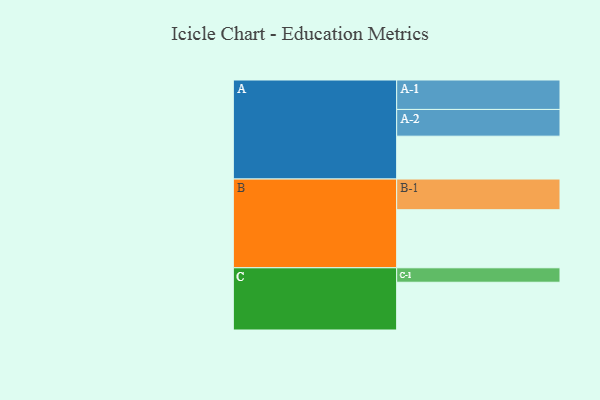
{"axis": {"x": "Segment", "y": "Value"}, "legend": ["", "A", "B", "C"], "data": [{"x": "A", "y": 412, "type": ""}, {"x": "B", "y": 558, "type": ""}, {"x": "C", "y": 459, "type": ""}, {"x": "A-1", "y": 283, "type": "A"}, {"x": "A-2", "y": 257, "type": "A"}, {"x": "B-1", "y": 295, "type": "B"}, {"x": "C-1", "y": 139, "type": "C"}]}